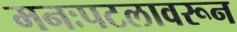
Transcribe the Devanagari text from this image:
मनःपटलावरून